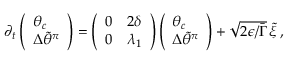
\begin{array} { r } { \partial _ { t } \left( \begin{array} { l } { \theta _ { c } } \\ { { \Delta \widetilde { \theta } ^ { \pi } } } \end{array} \right) = \left( \begin{array} { l l } { 0 } & { 2 \delta } \\ { 0 } & { \lambda _ { 1 } } \end{array} \right) \left( \begin{array} { l } { \theta _ { c } } \\ { { \Delta \widetilde { \theta } ^ { \pi } } } \end{array} \right) + \sqrt { 2 \epsilon / \bar { \Gamma } } \, \tilde { \xi } \, , } \end{array}